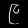
Digit: ၉